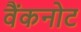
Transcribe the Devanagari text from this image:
वैंकनोट